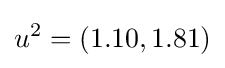
u^{2}=(1.10,1.81)